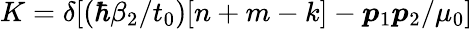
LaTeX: K=\delta[({\hbar\beta_{2}}/{t_{0}})[n+m-k]-{\boldsymbol{p}_{1}\boldsymbol{p}_{2}}/{\mu_{0}}]